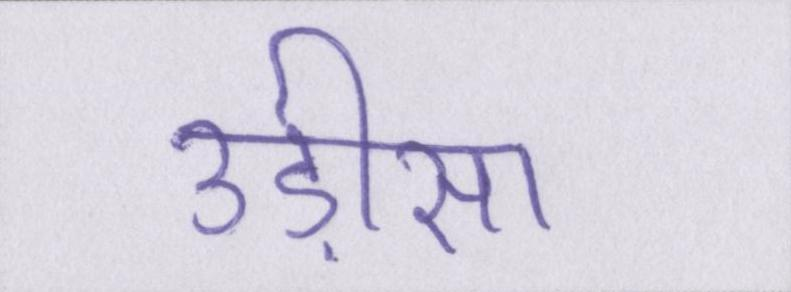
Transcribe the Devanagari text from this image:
उड़ीसा